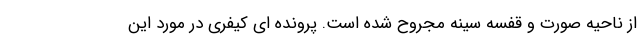
از ناحیه صورت و قفسه سینه مجروح شده است. پرونده ای کیفری در مورد این